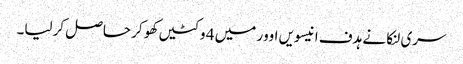
سری لنکا نے ہدف انیسویں اوور میں 4 وکٹیں کھو کر حاصل کرلیا۔